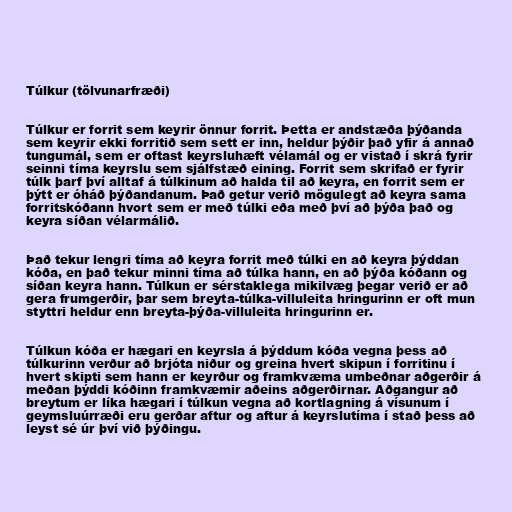
Túlkur (tölvunarfræði)

Túlkur er forrit sem keyrir önnur forrit. Þetta er andstæða þýðanda
sem keyrir ekki forritið sem sett er inn, heldur þýðir það yfir á annað
tungumál, sem er oftast keyrsluhæft vélamál og er vistað í skrá fyrir
seinni tíma keyrslu sem sjálfstæð eining. Forrit sem skrifað er fyrir
túlk þarf því alltaf á túlkinum að halda til að keyra, en forrit sem er
þýtt er óháð þýðandanum. Það getur verið mögulegt að keyra sama
forritskóðann hvort sem er með túlki eða með því að þýða það og
keyra síðan vélarmálið.

Það tekur lengri tíma að keyra forrit með túlki en að keyra þýddan
kóða, en það tekur minni tíma að túlka hann, en að þýða kóðann og
síðan keyra hann. Túlkun er sérstaklega mikilvæg þegar verið er að
gera frumgerðir, þar sem breyta-túlka-villuleita hringurinn er oft mun
styttri heldur enn breyta-þýða-villuleita hringurinn er.

Túlkun kóða er hægari en keyrsla á þýddum kóða vegna þess að
túlkurinn verður að brjóta niður og greina hvert skipun í forritinu í
hvert skipti sem hann er keyrður og framkvæma umbeðnar aðgerðir á
meðan þýddi kóðinn framkvæmir aðeins aðgerðirnar. Aðgangur að
breytum er líka hægari í túlkun vegna að kortlagning á vísunum í
geymsluúrræði eru gerðar aftur og aftur á keyrslutíma í stað þess að
leyst sé úr því við þýðingu.